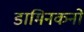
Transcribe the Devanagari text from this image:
डामिनकनों